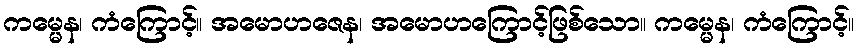
ကမ္မေန၊ ကံကြောင့်။ အမောဟဇေန၊ အမောဟကြောင့်ဖြစ်သော။ ကမ္မေန၊ ကံကြောင့်။